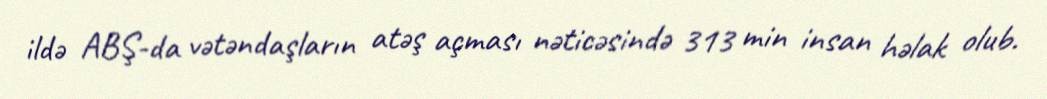
ildə ABŞ-da vətəndaşların atəş açması nəticəsində 313 min insan həlak olub.